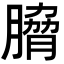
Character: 𮌯